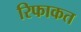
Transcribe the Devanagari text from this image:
रिफाकत